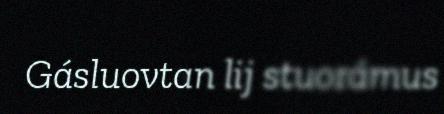
Gásluovtan lij stuorámus